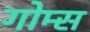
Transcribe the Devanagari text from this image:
गोम्‍स